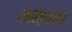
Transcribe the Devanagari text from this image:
साहित्‍यातील